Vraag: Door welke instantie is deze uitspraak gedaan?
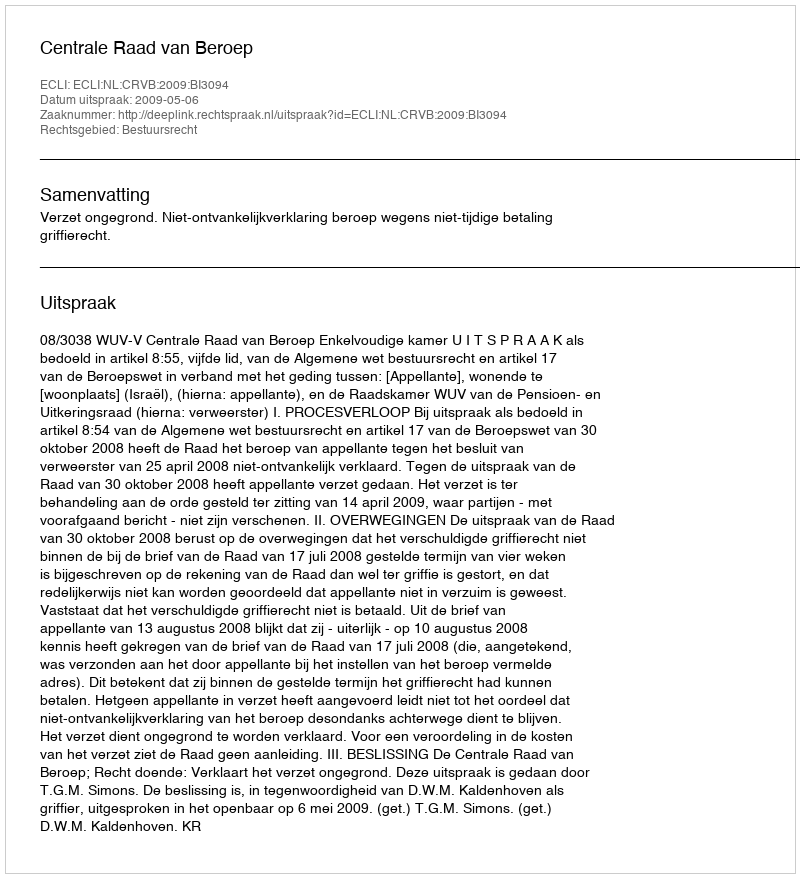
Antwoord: Centrale Raad van Beroep